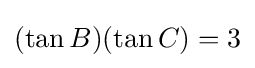
(\tan B)(\tan C)=3